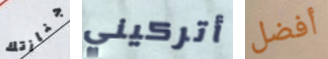
جنازتك أتركيني أفضل